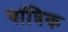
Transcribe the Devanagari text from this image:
यांत्रिक